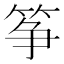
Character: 筝